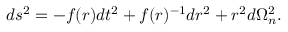
d s ^ { 2 } = - f ( r ) d t ^ { 2 } + f ( r ) ^ { - 1 } d r ^ { 2 } + r ^ { 2 } d \Omega _ { n } ^ { 2 } .